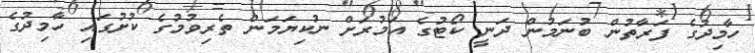
ހާމިދުގެ ފަރާތުން ބުނަމުން ދަނީ ކޯޓުގެ އަމުރަށް ނުކިޔަމަން ތެރިވުމުގެ ކުށުގައި ހާމިދުގެ